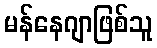
မန်နေဂျာဖြစ်သူ